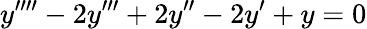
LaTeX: y^{\prime\prime\prime\prime}-2y^{\prime\prime\prime}+2y^{\prime\prime}-2y^{\prime}+y=0